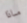
ماذا